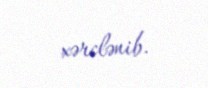
xərclənib.